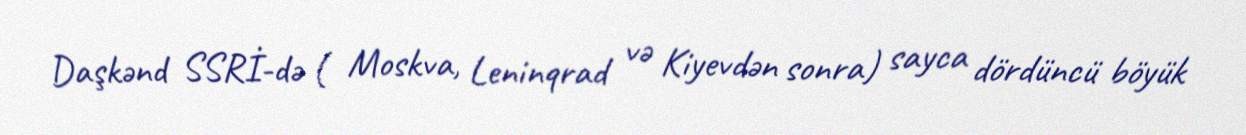
Daşkənd SSRİ-də ( Moskva, Leninqrad və Kiyevdən sonra) sayca dördüncü böyük